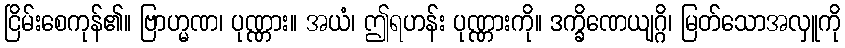
ငြိမ်းစေကုန်၏။ ဗြာဟ္မဏ၊ ပုဏ္ဏား။ အယံ၊ ဤရဟန်း ပုဏ္ဏားကို။ ဒက္ခိဏေယျဂ္ဂိ၊ မြတ်သောအလှူကို